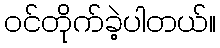
ဝင်တိုက်ခဲ့ပါတယ်။